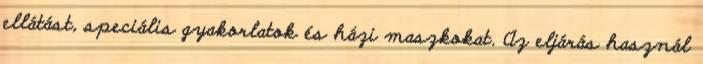
ellátást, speciális gyakorlatok és házi maszkokat. Az eljárás használ